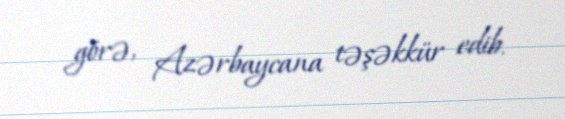
görə, Azərbaycana təşəkkür edib.